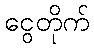
ငွေတိုက်